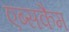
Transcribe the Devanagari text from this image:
एब्सकैम